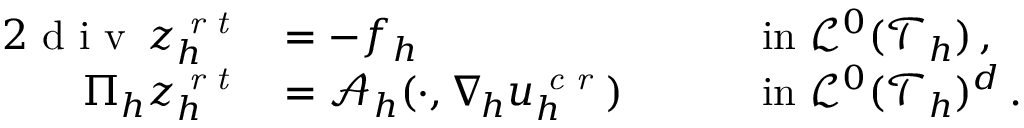
\begin{array} { r l r l } { { 2 } \textup { d i v } \, z _ { h } ^ { \textit { r t } } } & { = - f _ { h } } & & { \quad \mathrm { ~ i n ~ } \mathcal { L } ^ { 0 } ( \mathcal { T } _ { h } ) \, , } \\ { \Pi _ { h } z _ { h } ^ { \textit { r t } } } & { = \boldsymbol { \mathcal { A } } _ { h } ( \cdot , \nabla _ { \! h } u _ { h } ^ { \textit { c r } } ) } & & { \quad \mathrm { ~ i n ~ } \mathcal { L } ^ { 0 } ( \mathcal { T } _ { h } ) ^ { d } \, . } \end{array}